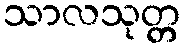
သာလသုတ္တ